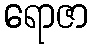
ရောဇာ